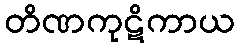
တိဏကုဋိကာယ